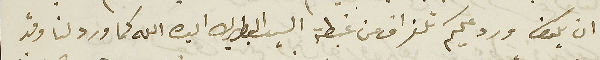
ان يكون ورد عليكم تلغراف من غبطة السيد البطريرك ايده الله كما ورد لنا وقد